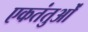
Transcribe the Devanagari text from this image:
एकतंतुओं